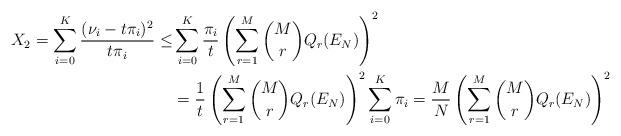
LaTeX: \begin{align*} X_2 = \sum_{i=0}^K \frac{(\nu_i-t\pi_i)^2}{t\pi_i} \leq &\sum_{i=0}^K \frac{\pi_i}{t} \left(\sum_{r=1}^M \binom{M}{r}Q_r(E_N)\right)^2 \\ & = \frac{1}{t}\left(\sum_{r=1}^M \binom{M}{r}Q_r(E_N)\right)^2 \sum_{i=0}^K \pi_i =\frac{M}{N}\left(\sum_{r=1}^M \binom{M}{r}Q_r(E_N)\right)^2 \end{align*}